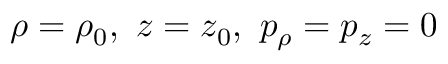
\rho = \rho _ { 0 } , \ z = z _ { 0 } , \ p _ { \rho } = p _ { z } = 0